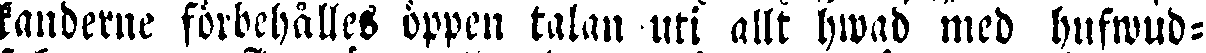
kanderne förbehålles öppen talan uti allt hwad med hufwud-